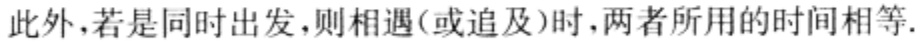
此外，若是同时出发，则相遇(或追及)时，两者所用的时间相等.